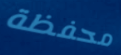
محفظة